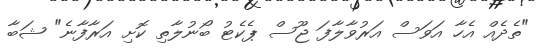
"ތެދެއް އެހާ އަވަސް އަރުވާލާފަ ޖޫސް ޕެކެޓު ބޯނުލާތި ކޮށި އަރާފާނެ" ޝަބާ